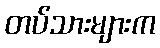
တပ်သားများက